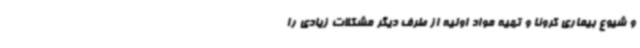
و شیوع بیماری کرونا و تهیه مواد اولیه از طرف دیگر مشکلات زیادی را